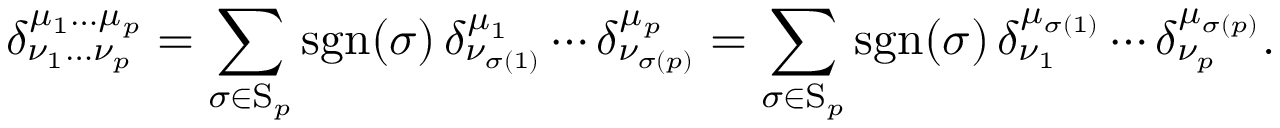
\delta _ { \nu _ { 1 } \dots \nu _ { p } } ^ { \mu _ { 1 } \dots \mu _ { p } } = \sum _ { \sigma \in \mathrm { S } _ { p } } \operatorname { s g n } ( \sigma ) \, \delta _ { \nu _ { \sigma ( 1 ) } } ^ { \mu _ { 1 } } \cdots \delta _ { \nu _ { \sigma ( p ) } } ^ { \mu _ { p } } = \sum _ { \sigma \in \mathrm { S } _ { p } } \operatorname { s g n } ( \sigma ) \, \delta _ { \nu _ { 1 } } ^ { \mu _ { \sigma ( 1 ) } } \cdots \delta _ { \nu _ { p } } ^ { \mu _ { \sigma ( p ) } } .